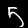
Label: 5